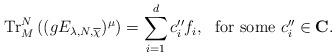
LaTeX: \begin{align*}\mathrm{Tr}^N_M\left((gE_{\lambda,N,\overline{\chi}})^\mu\right)=\sum_{i=1}^{d}c''_if_i,\ \ \textrm{for some}\ c''_i\in\mathbf C.\end{align*}